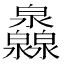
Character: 灥